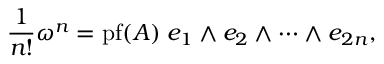
{ \frac { 1 } { n ! } } \omega ^ { n } = \operatorname { p f } ( A ) \; e _ { 1 } \wedge e _ { 2 } \wedge \cdots \wedge e _ { 2 n } ,